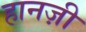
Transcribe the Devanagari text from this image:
हानज़ी